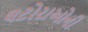
લટોરાઓની